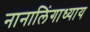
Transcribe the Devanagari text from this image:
नानालिंगाध्याय